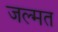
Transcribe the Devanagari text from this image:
जल्मत